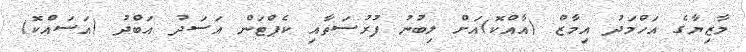
މާޒިޔާގެ އަހްމަދު އިމާޒް (އާއްކޮ)އަށް ލިބުނު ފުރުސަތާއި ކެޕްޓަން އަސަދު އަބްދު (އަސައްކޮ)